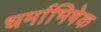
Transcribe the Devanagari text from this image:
धर्माभिषेक